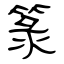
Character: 箓